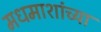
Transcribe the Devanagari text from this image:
मधमाशांच्या